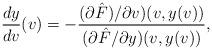
LaTeX: \begin{align*} \frac{dy}{dv}(v)=-\frac{(\partial\hat{F})/\partial v)(v,y(v))}{(\partial\hat{F}/\partial y)(v,y(v))},\end{align*}